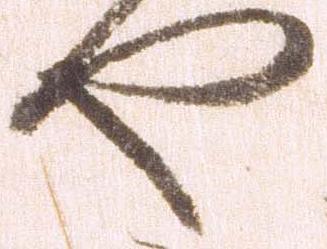
や